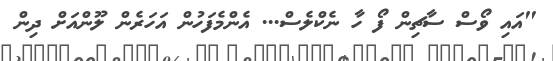
"އައި ވޯސް ސާޗިން ފޯ ހާ ނެކްލެސް... އެންމެފަހުން އަހަރެން ލޫންއަށް ދިން